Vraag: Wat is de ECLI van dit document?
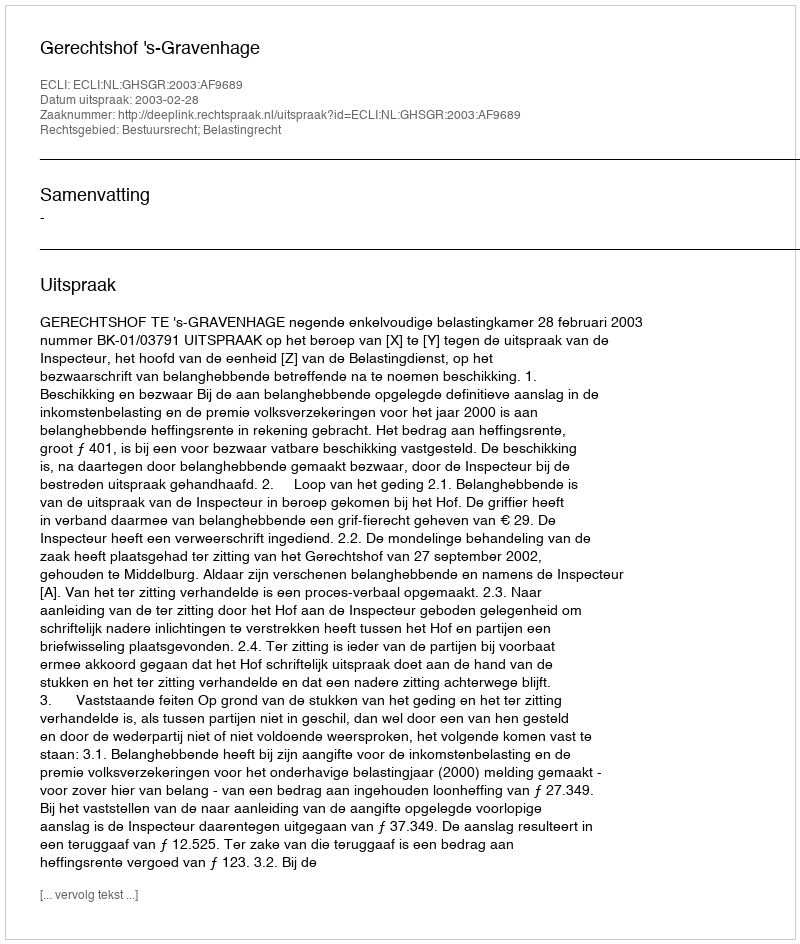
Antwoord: ECLI:NL:GHSGR:2003:AF9689